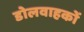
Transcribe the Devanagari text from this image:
डोलवाहकों